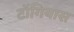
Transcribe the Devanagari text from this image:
टॉगियास